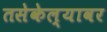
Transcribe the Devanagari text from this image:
तसेकेल्यावर